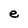
Character: e